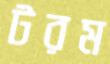
টরম